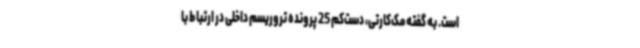
است. به گفته مک‌کارتی، دست‌کم 25 پرونده تروریسم داخلی در ارتباط با